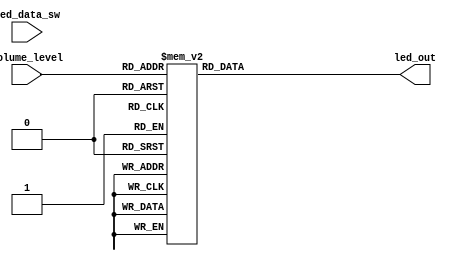
`timescale 1ns / 1ps
//////////////////////////////////////////////////////////////////////////////////
// Company: 
// Engineer: 
// 
// Design Name: 
// Module Name: Led_Controller
// Project Name: 
// Target Devices: 
// Tool Versions: 
// Description: 
// 
// Dependencies: 
// 
// Revision:
// Revision 0.01 - File Created
// Additional Comments:
// 
//////////////////////////////////////////////////////////////////////////////////


module Led_Controller(
    input led_data_sw,  //SW0 Switch LED data between peak intensity (volume) and the actual volume
    input [3:0]volume_level,  
    output[15:0] led_out
    );
	
reg [15:0]led_data;	


//assign led_out = led_data_sw ? 16'b1111_1111_1111_1111 : led_data;
assign led_out = led_data;
	
/*Mic input normalization 
//There are 12 bits in mic_in, so the range is 0-4095 or 4096 audio input levels
//We got only 0-15 or 16 volume levels to represents 4096 audio input levels
//4096/256 = 16 ==> Increment of 256 in mic_in is corresponds to a single volume level increment

// mic_in		volume			LED on

// 0-255 		volume 0		LED0
// 256-511 		volume 1		LED0 LED1
// 512-767 		volume 2		LED0 LED1 LED2
// 768-1023 	volume 3		LED0 LED1 LED2	LED3
.	
.	
.	
// 3840-4095	volume 15		LED0 LED1 LED2	LED3 ....... LED15
*/

	always @ (*)begin
        case(volume_level)
            4'd0: 
				led_data = 16'b0000_0000_0000_0001; //only LED0 on
			4'd1: 
				led_data = 16'b0000_0000_0000_0011; //only LED0 & LED1 on
			4'd2: 
				led_data = 16'b0000_0000_0000_0111; //only LED0, LED1 & LED2 on
			4'd3: 
				led_data = 16'b0000_0000_0000_1111; 
			4'd4: 
				led_data = 16'b0000_0000_0001_1111; 
			4'd5: 
				led_data = 16'b0000_0000_0011_1111; 
			4'd6: 
				led_data = 16'b0000_0000_0111_1111; 
			4'd7: 
				led_data = 16'b0000_0000_1111_1111; 
			4'd8: 
				led_data = 16'b0000_0001_1111_1111; 
			4'd9: 
				led_data = 16'b0000_0011_1111_1111; 
			4'd10: 
				led_data = 16'b0000_0111_1111_1111;
			4'd11: 
				led_data = 16'b0000_1111_1111_1111; 
			4'd12: 
				led_data = 16'b0001_1111_1111_1111; 
			4'd13: 
				led_data = 16'b0011_1111_1111_1111; 
			4'd14: 
				led_data = 16'b0111_1111_1111_1111; 
			4'd15: 
				led_data = 16'b1111_1111_1111_1111;  // All the LEDs on
            default:begin
              led_data = 16'b0000_0000_0000_0001; //only LED0 on
            end
       endcase
	end

endmodule